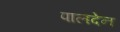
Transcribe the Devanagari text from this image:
पालदेन